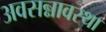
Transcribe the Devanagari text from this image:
अवसन्नावस्था